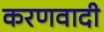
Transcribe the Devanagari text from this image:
करणवादी